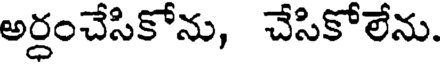
అర్ధంచేసికోను, చేసికోలేను.